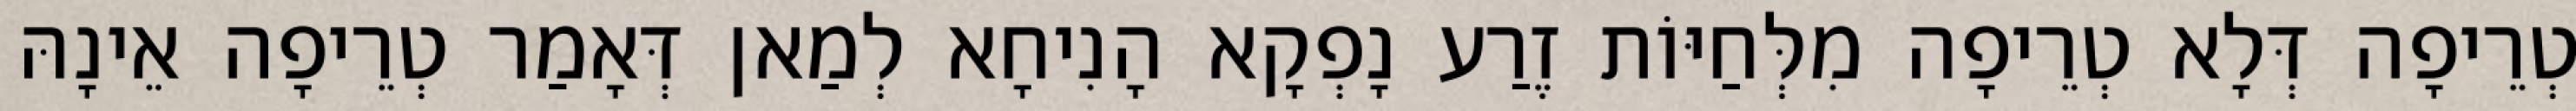
טְרֵיפָה דְּלָא טְרֵיפָה מִלְּחַיּוֹת זֶרַע נָפְקָא הָנִיחָא לְמַאן דְּאָמַר טְרֵיפָה אֵינָהּ